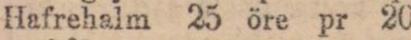
Hafrehalm 25 öre pr 20